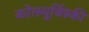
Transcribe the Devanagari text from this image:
कोत्स्यूबिंस्की